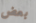
بعض